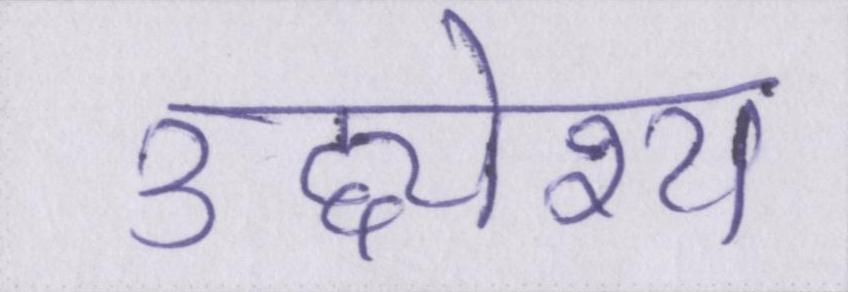
उद्द्येश्य